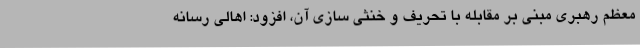
معظم رهبری مبنی بر مقابله با تحریف و خنثی سازی آن، افزود: اهالی رسانه